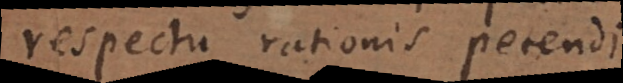
respectu rationis petendi